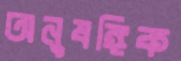
অনুষঙ্গিক